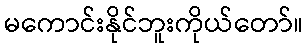
မကောင်းနိုင်ဘူးကိုယ်တော်။